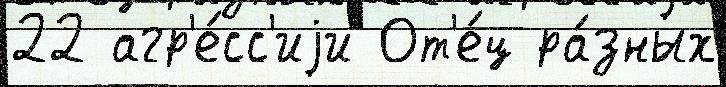
22 агр'е́сс'иjи От'е́ц ра́зных